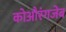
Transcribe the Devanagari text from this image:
कोऔरंगजेब